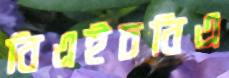
বিএইচবিএ